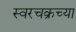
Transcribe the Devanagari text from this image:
स्वरचक्रच्या